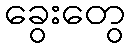
ခွေးတွေ